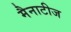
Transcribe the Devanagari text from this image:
मैनाटीज